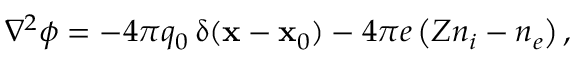
\begin{array} { r } { \nabla ^ { 2 } \phi = - 4 \pi q _ { 0 } \, \updelta ( \mathbf { x } - \mathbf { x } _ { 0 } ) - 4 \pi e \left( Z n _ { i } - n _ { e } \right) , } \end{array}